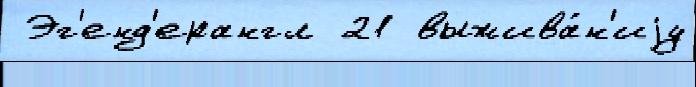
 Эг'енд'ерангл 21 выжива́н'иjу